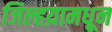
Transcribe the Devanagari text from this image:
जिल्हय़ामधून